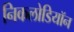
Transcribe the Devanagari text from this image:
निकलोडियॉन